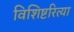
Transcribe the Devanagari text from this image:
विशिष्टरित्या